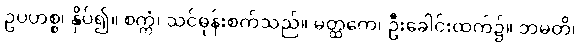
ဥပဟစ္စ၊ နှိပ်၍။ စက္ကံ၊ သင်ဓုန်းစက်သည်။ မတ္ထကေ၊ ဦးခေါင်းထက်၌။ ဘမတိ၊